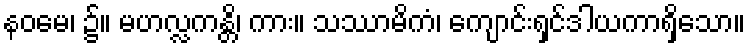
နဝမေ၊ ၌။ မဟလ္လကန္တိ၊ ကား။ သဿာမိကံ၊ ကျောင်းရှင်ဒါယကာရှိသော။